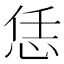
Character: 恁